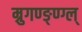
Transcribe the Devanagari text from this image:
म्रुगण्ङ्ण्ग्ल्